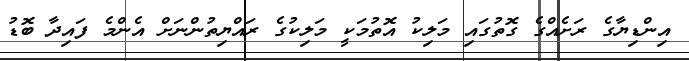
އިންޑިޔާގެ ރަށެއްގެ ގޮތުގައި މަލިކު އޮތުމަކީ މަލިކުގެ ރައްޔިތުންނަށް އެންމެ ފައިދާ ބޮޑު